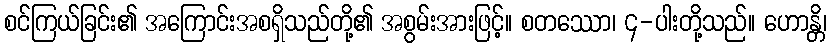
စင်ကြယ်ခြင်း၏ အကြောင်းအစရှိသည်တို့၏ အစွမ်းအားဖြင့်။ စတဿော၊ ၄-ပါးတို့သည်။ ဟောန္တိ၊